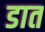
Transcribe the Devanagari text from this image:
डात